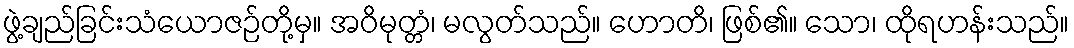
ဖွဲ့ချည်ခြင်းသံယောဇဉ်တို့မှ။ အဝိမုတ္တံ၊ မလွတ်သည်။ ဟောတိ၊ ဖြစ်၏။ သော၊ ထိုရဟန်းသည်။